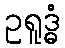
ဥရူဒ္ဓံ